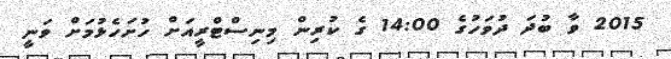
2015 ވާ ބުދަ ދުވަހުގެ 14:00 ގެ ކުރިން މިނިސްޓްރީއަށް ހުށަހެޅުމަށް ވަނީ